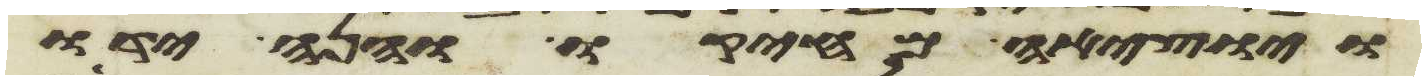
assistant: ויוציאה מחיקו והנה ידו